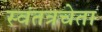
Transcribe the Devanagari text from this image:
स्वंतत्रचेता